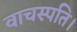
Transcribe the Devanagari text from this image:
वाचस्‍पति।